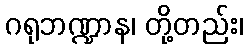
ဂရုဘဏ္ဍာန၊ တို့တည်း၊